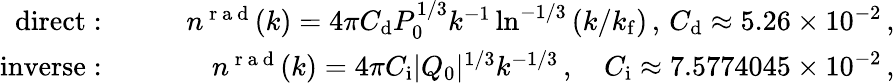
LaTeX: \begin{array}{rlr}{\mathrm{direct:}\quad}&{{}}&{n^{\mathrm{~r~a~d~}}(k)=4\pi C_{\mathrm{d}}P_{0}^{1/3}k^{-1}\ln^{-1/3}\left({k}/{k_{\mathrm{f}}}\right)\, ,\, C_{\mathrm{d}}\approx 5.26\times 10^{-2}\, ,}\\ {\mathrm{inverse:}\quad}&{{}}&{n^{\mathrm{~r~a~d~}}(k)=4\pi C_{\mathrm{i}}|Q_{0}|^{1/3}k^{-1/3}\, ,\quad C_{\mathrm{i}}\approx 7.5774045\times 10^{-2}\, ,}\end{array}